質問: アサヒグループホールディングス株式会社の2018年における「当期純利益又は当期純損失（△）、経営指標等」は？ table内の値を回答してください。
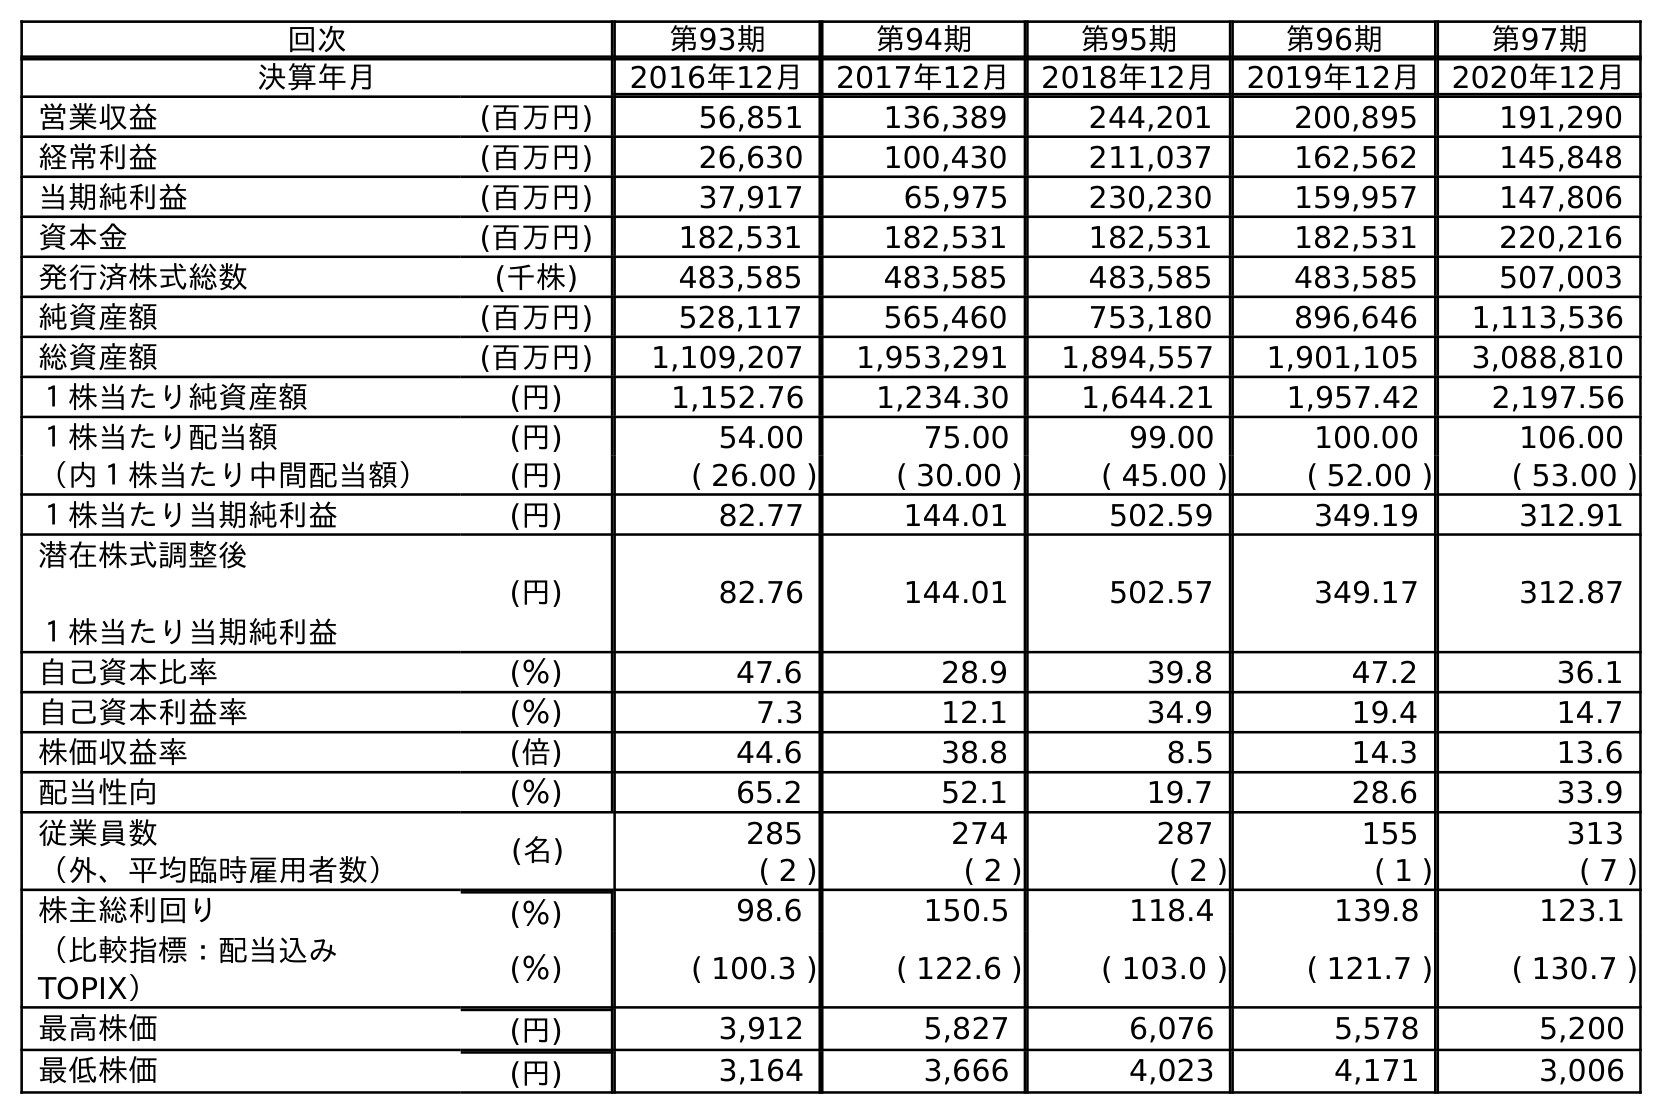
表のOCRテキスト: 回次 第93期 第94期 第95期 第96期 第97期 決算年月 2016年12月 2017年12月 2018年12月 2019年12月 2020年12月 営業収益 (百万円) 56,851 136,389 244,201 200,895 191,290 経常利益 (百万円) 26,630 100,430 211,037 162,562 145,848 当期純利益 (百万円) 37,917 65,975 230,230 159,957 147,806 資本金 (百万円) 182,531 182,531 182,531 182,531 220,216 発行済株式総数 (千株) 483,585 483,585 483,585 483,585 507,003 純資産額 (百万円) 528,117 565,460 753,180 896,646 1,113,536 総資産額 (百万円) 1,109,207 1,953,291 1,894,557 1,901,105 3,088,810 １株当たり純資産額 (円) 1,152.76 1,234.30 1,644.21 1,957.42 2,197.56 １株当たり配当額 (円) 54.00 75.00 99.00 100.00 106.00 （内１株当たり中間配当額） (円) ( 26.00 ) ( 30.00 ) ( 45.00 ) ( 52.00 ) ( 53.00 ) １株当たり当期純利益 (円) 82.77 144.01 502.59 349.19 312.91 潜在株式調整後 １株当たり当期純利益 (円) 82.76 144.01 502.57 349.17 312.87 自己資本比率 (％) 47.6 28.9 39.8 47.2 36.1 自己資本利益率 (％) 7.3 12.1 34.9 19.4 14.7 株価収益率 (倍) 44.6 38.8 8.5 14.3 13.6 配当性向 (％) 65.2 52.1 19.7 28.6 33.9 従業員数 (名) 285 274 287 155 313 （外、平均臨時雇用者数） ( 2 ) ( 2 ) ( 2 ) ( 1 ) ( 7 ) 株主総利回り (％) 98.6 150.5 118.4 139.8 123.1 （比較指標：配当込み TOPIX） (％) ( 100.3 ) ( 122.6 ) ( 103.0 ) ( 121.7 ) ( 130.7 ) 最高株価 (円) 3,912 5,827 6,076 5,578 5,200 最低株価 (円) 3,164 3,666 4,023 4,171 3,006
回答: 230,230